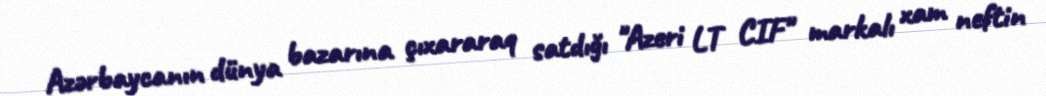
Azərbaycanın dünya bazarına çıxararaq satdığı "Azeri LT CIF" markalı xam neftin